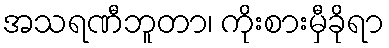
အသရဏီဘူတာ၊ ကိုးစားမှီခိုရာ